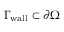
\Gamma _ { \mathrm { w a l l } } \subset \partial \Omega